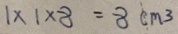
1 \times 1 \times 8 = 8 c m ^ { 3 }